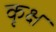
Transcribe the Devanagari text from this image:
कृक्ष